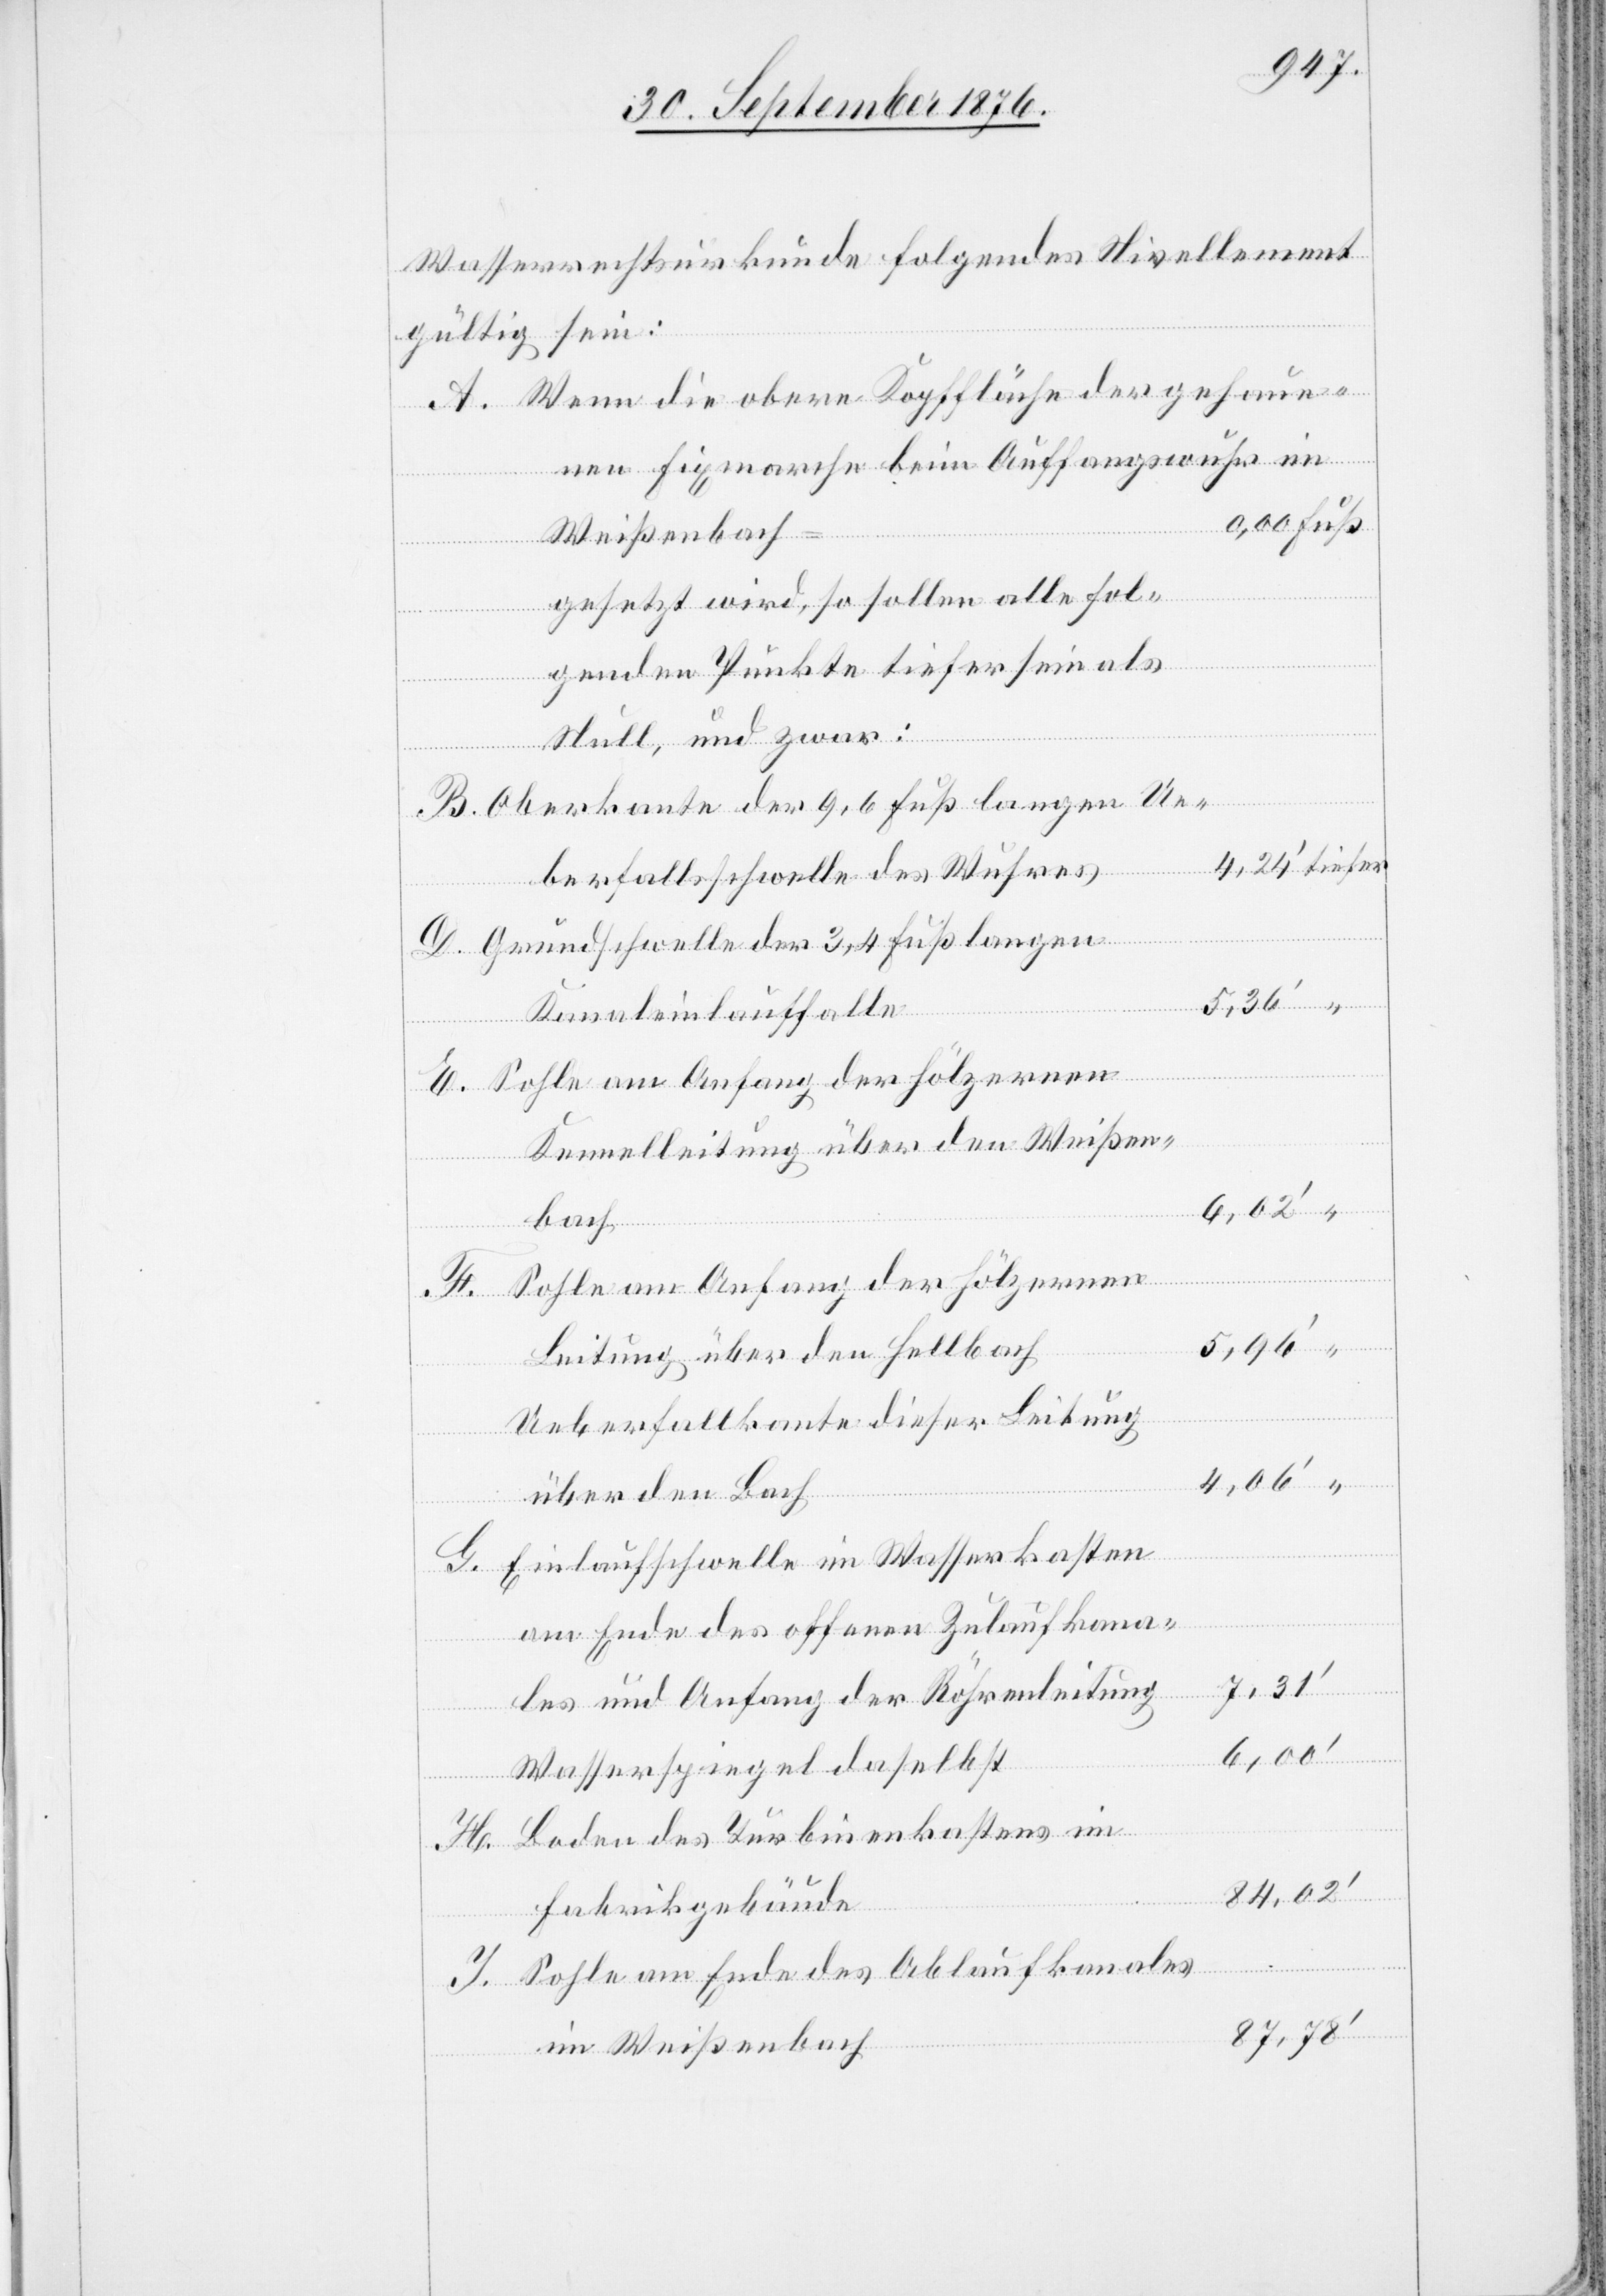
Wasserrechtsurkunde folgendes Nivellement
gültig sein:
Wenn die obere Kopffläche der gehaue¬
nen Fixmarche beim Auffangswuhr im
Weißenbach
gesetzt wird, so sollen alle fol¬
genden Punkte tiefer sein als
Null, und zwar:
tiefer
Oberkante der 9,6 Fuß langen Ue¬
berfallsschwelle des Wuhres
Grundschwelle der 3,4 Fuß langen
Kanaleinlauffalle
Kanalleitung über den Weißen¬
bach
“
Sohle am Anfang der hölzernen
Leitung über den Hellbach
Ueberfallkante dieser Leitung
über den Bach
Einlaufschwelle im Wasserkasten
am Ende des offenen Zulaufkana¬
7,31‘
les und Anfang der Röhrenleitung
6,00‘
Wasserspiegel daselbst
H.
Boden des Turbinenkastens im
B.
84,02‘
Fabrikgebäude
Sohle am Ende des Ablaufkanales
im Weißenbach